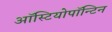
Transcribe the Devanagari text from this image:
ऑस्टियोपॉन्टिन